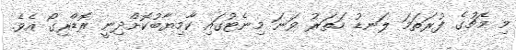
މި މެޗުގެ ފުރަތަމަ ލަނޑު ހަތަރު ވަނަ މިނެޓުގައި ކާމިޔާބުކޮށްދިނީ ރޮޑްރިގޯ އެވެ.